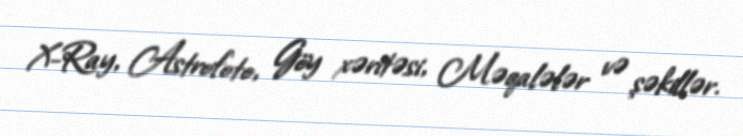
X-Ray, Astrofoto, Göy xəritəsi, Məqalələr və şəkillər.